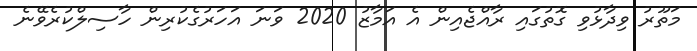
މަތޫރު ވިދާޅުވި ގޮތުގައި ރާއްޖެއިން އެ އަމާޒު 2020 ވަނަ އަހަރުގެކުރިން ހާސިލްކުރެވޭނެ